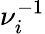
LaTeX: \nu_{i}^{-1}